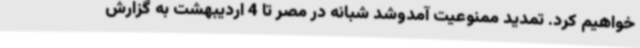
خواهیم کرد. تمدید ممنوعیت آمدوشد شبانه در مصر تا 4 اردیبهشت به گزارش